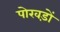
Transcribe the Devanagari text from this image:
पोखड़ों